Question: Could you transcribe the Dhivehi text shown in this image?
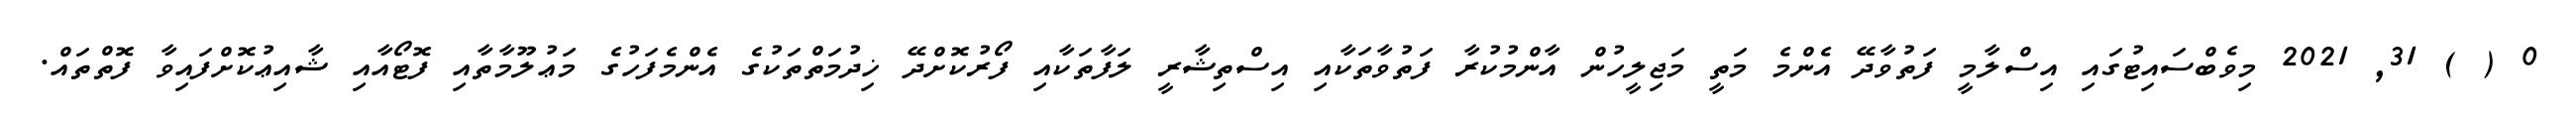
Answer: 0 ( ) 31, 2021 މިވެބްސައިޓުގައި އިސްލާމީ ފަތުވާދޭ އެންމެ މަތީ މަޖިލީހުން އާންމުކުރާ ފަތުވާތަކާއި އިސްތިޝާރީ ލަފާތަކާއި ފޯރުކޮށްދޭ ޚިދުމަތްތަކުގެ އެންމެފަހުގެ މަޢުލޫމާތާއި ފޮޓޯއާއި ޝާއިޢުކޮށްފައިވާ ފޮތްތައް.